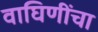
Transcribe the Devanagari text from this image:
वाघिणींचा